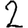
Digit: 2